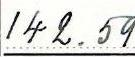
142.59